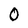
Character: 0